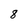
Character: 8